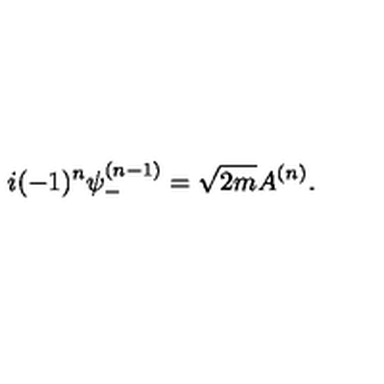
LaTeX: i ( - 1 ) ^ { n } \psi _ { - } ^ { ( n - 1 ) } = \sqrt { 2 m } A ^ { ( n ) } .